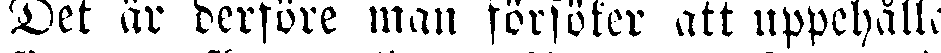
Det är derföre man försöker att uppehålla